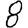
Digit: 8